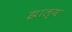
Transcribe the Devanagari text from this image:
झाल्य